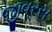
જીવરસ